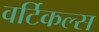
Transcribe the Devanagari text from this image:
वर्टिकल्स